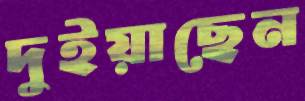
দুইয়াছেন